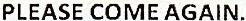
PLEASE COME AGAIN.